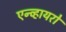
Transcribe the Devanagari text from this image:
एन्व्हायरो